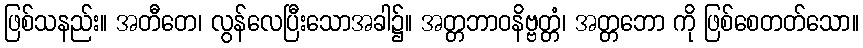
ဖြစ်သနည်း။ အတီတေ၊ လွန်လေပြီးသောအခါ၌။ အတ္တဘာဝနိဗ္ဗတ္တံ၊ အတ္တဘော ကို ဖြစ်စေတတ်သော။